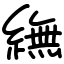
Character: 䌗